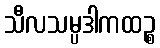
သီလသမ္ပဒါကထဉ္စ